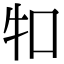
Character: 𤘘